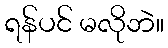
ရန်ပင် မလိုဘဲ။